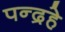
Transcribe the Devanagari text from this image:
पन्द्रहे